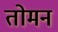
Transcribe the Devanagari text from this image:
तोमन